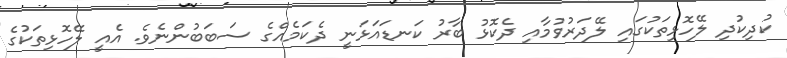
ކުދިކުދި ލޭހޮޅިތަކުގައި ލޭދަރުވުމާއި ދެކޮޅު ބާރު ކަނޑައަޅަނީ ދެކަމެއްގެ ސަބަބުންނެވެ. އެއީ ލޭހޮޅިތަކުގެ